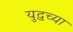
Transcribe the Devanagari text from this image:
युद्धच्या